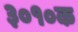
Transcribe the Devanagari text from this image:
३०१०क